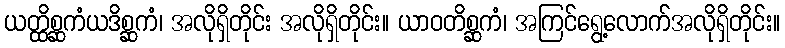
ယတ္ထိစ္ဆကံယဒိစ္ဆကံ၊ အလိုရှိတိုင်း အလိုရှိတိုင်း။ ယာဝတိစ္ဆကံ၊ အကြင်ရွေ့လောက်အလိုရှိတိုင်း။